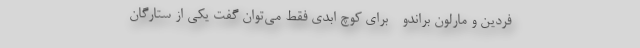
فردین و مارلون براندو - برای کوچ ابدی فقط می‌توان گفت یکی از ستارگان